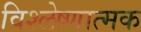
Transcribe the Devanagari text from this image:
विश्लेष्णात्मक